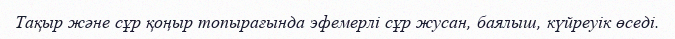
Тақыр және сұр қоңыр топырағында эфемерлі сұр жусан, баялыш, күйреуік өседі.